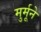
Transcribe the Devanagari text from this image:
मुर्मूने